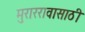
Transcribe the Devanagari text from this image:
मुराररावासाठी